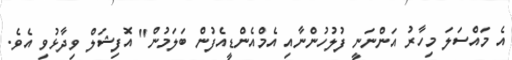
އެ މައްސަލަ މިހާރު އަންނަނީ ފުލުހުންނާއި އެމްއެންޑީއެފުން ބަލަމުން" އޮފިޝަލް ވިދާޅުވި އެވެ.